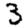
Digit: 3